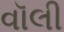
વૉલી